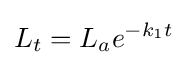
L_{t}=L_{a}e^{-k_{1}t}